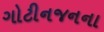
ગોટીનજનના